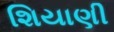
શિયાણી